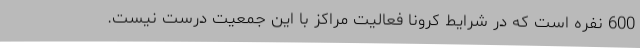
600 نفره است که در شرایط کرونا فعالیت مراکز با این جمعیت درست نیست.